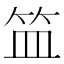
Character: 笽